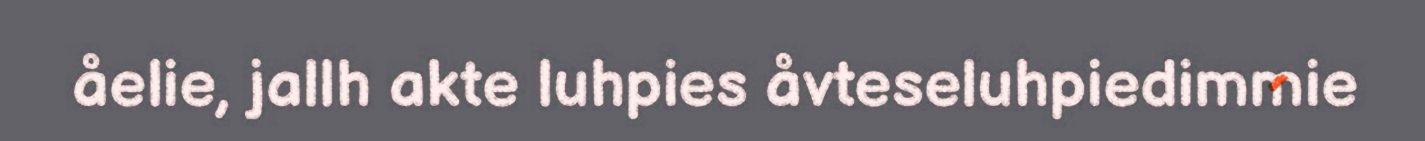
åelie, jallh akte luhpies åvteseluhpiedimmie